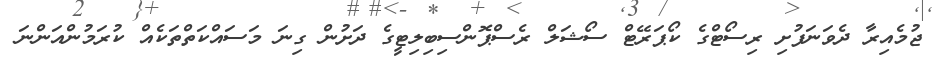
ޖުމެއިރާ ދެވަނަފުށި ރިސޯޓްގެ ކޯޕަރޭޓް ސޯޝަލް ރެސްޕޮންސިބިލިޓީގެ ދަށުން ގިނަ މަސައްކަތްތަކެއް ކުރަމުންއަންނަ